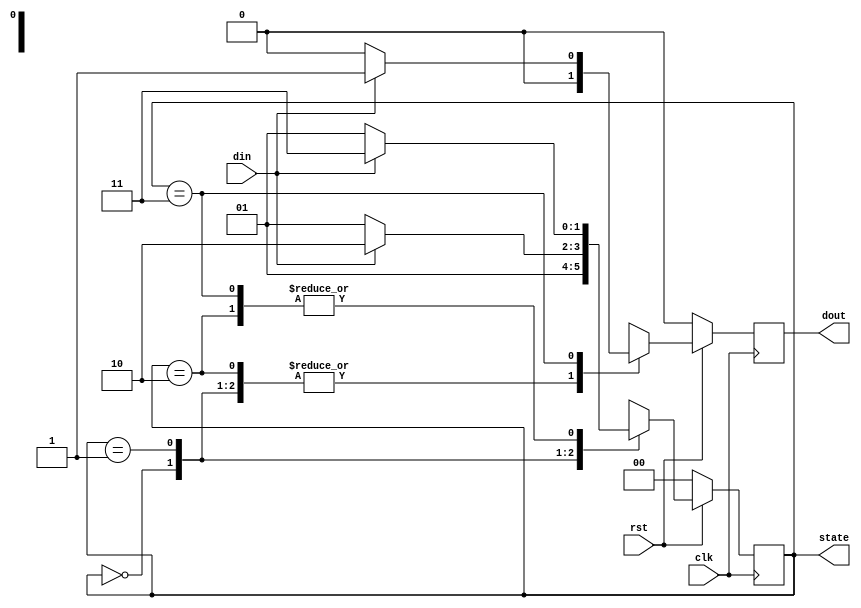
// Mealy FSM for 111 Seq Overlapping
// State Sequencer / Output Decoder / Next State Decoder - 1_Process_Methodology 
// Refer to the state diagram (IMP)

module seqDet_111(
					input clk,
					input rst,
					input din,
					
					output reg dout,
					output reg [1:0]state
											);
										
localparam idle = 2'b00,
			s0	= 2'b01,
			s1	= 2'b10,
			s2 	= 2'b11;
		

		
always @(posedge clk)
begin

	if(!rst)
		begin 
			state <= idle;
			dout  <= 1'b0;
		end
		
	else
		begin
			case(state)
			
				idle:	begin 
						dout <= 1'b0;	// Output Decoding
						if(rst)			// If Reset is Removed
							begin 
								state <= s0;	// Next State Decoding
								dout  <= 1'b0;
							end
						
						else
							begin
								state <= idle;	
								dout  <= 1'b0;
							end
						end
						
						
				s0:		begin 
						dout <= 1'b0;	// Output Decoding
						if(din == 1'b1)
							begin 
								state <= s1;	// Next State Decoding
								dout  <= 1'b0;
							end
						
						else
							begin
								state <= s0;	
								dout  <= 1'b0;
							end
						end

				s1:		begin 
						dout <= 1'b0;	// Output Decoding
						if(din == 1'b1)
							begin 
								state <= s2;	// Next State Decoding
								dout  <= 1'b0;
							end
						
						else
							begin
								state <= s0;	
								dout  <= 1'b0;
							end
						end

				s2:		begin 
						dout <= 1'b0;	// Output Decoding
						if(din == 1'b1)
							begin 
								state <= s2;	// Next State Decoding	// OVERLAPPING STEP
								dout  <= 1'b1;
							end
						
						else
							begin
								state <= s0;	
								dout  <= 1'b0;
							end
						end						
			
			endcase
		end
		
end


endmodule